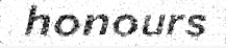
honours